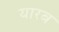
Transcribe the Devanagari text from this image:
यारब